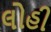
લોહી